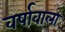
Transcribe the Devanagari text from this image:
वर्षावाला